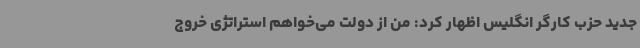
جدید حزب کارگر انگلیس اظهار کرد: من از دولت می‌خواهم استراتژی خروج